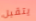
يتقبل